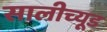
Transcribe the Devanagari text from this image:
सालीच्यूड